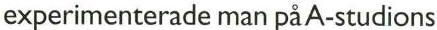
experimenterade man på A-studions